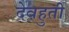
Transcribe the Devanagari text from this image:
देवहुती